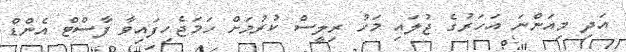
އަދި މިއަންނަ އަހަރުގެ ޖުލައި މަހު ރިލީސް ކުރުމަށް ހަމަޖެހިފައިވާ ފާސްޓް އެންޑް